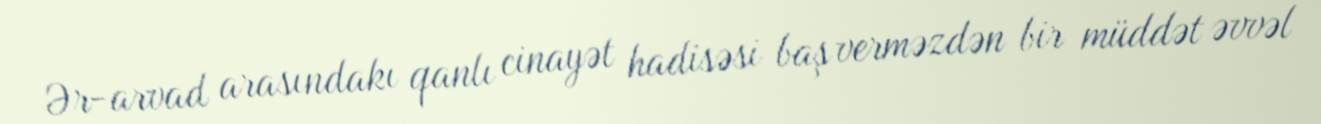
Ər-arvad arasındakı qanlı cinayət hadisəsi baş verməzdən bir müddət əvvəl